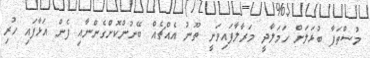
މުސްތަފާ ބުޅަލަށް ހަމަލާދީ މަރާލާފައިވަނީ ތޫނު އެއްޗެއް ބޭނުންކޮށްގެންނާއި ފެން އަޅާފައި ހުރި